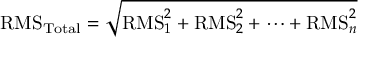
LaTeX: { \mathrm { R M S } } _ { \mathrm { T o t a l } } = { \sqrt { { \mathrm { R M S } } _ { 1 } ^ { 2 } + { \mathrm { R M S } } _ { 2 } ^ { 2 } + \cdots + { \mathrm { R M S } } _ { n } ^ { 2 } } }